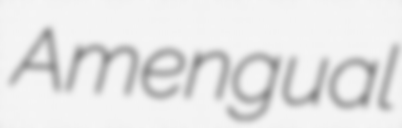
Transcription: Amengual